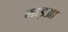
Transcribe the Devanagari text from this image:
माइआ